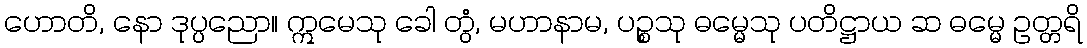
ဟောတိ, နော ဒုပ္ပညော။ ဣမေသု ခေါ တွံ, မဟာနာမ, ပဉ္စသု ဓမ္မေသု ပတိဋ္ဌာယ ဆ ဓမ္မေ ဥတ္တရိ